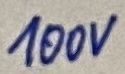
Text: 100V